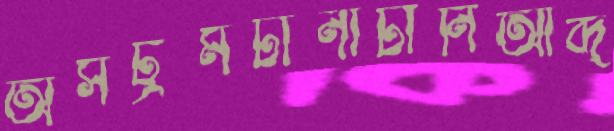
অসট্রমটানাটানিআব্দ